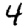
Digit: 4